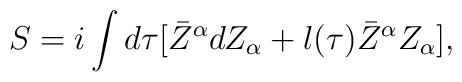
S=i\int d\tau[\bar Z^{\alpha}d Z_{\alpha} + l(\tau)\bar Z^{\alpha}Z_{\alpha}],